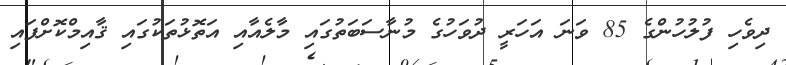
ދިވެހި ފުލުހުންގެ 85 ވަނަ އަހަރީ ދުވަހުގެ މުނާސަބަތުގައި މާލެއާއި އަތޮޅުތަކުގައި ޤާއިމްކޮށްފައި